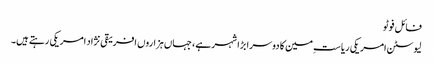
فائل فوٹو
لیوسٹن امریکی ریاستِ مین کا دوسرا بڑا شہر ہے، جہاں ہزاروں افریقی نژاد امریکی رہتے ہیں۔